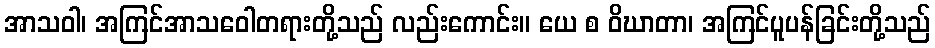
အာသဝါ၊ အကြင်အာသဝေါတရားတို့သည် လည်းကောင်း။ ယေ စ ဝိဃာတာ၊ အကြင်ပူပန်ခြင်းတို့သည်